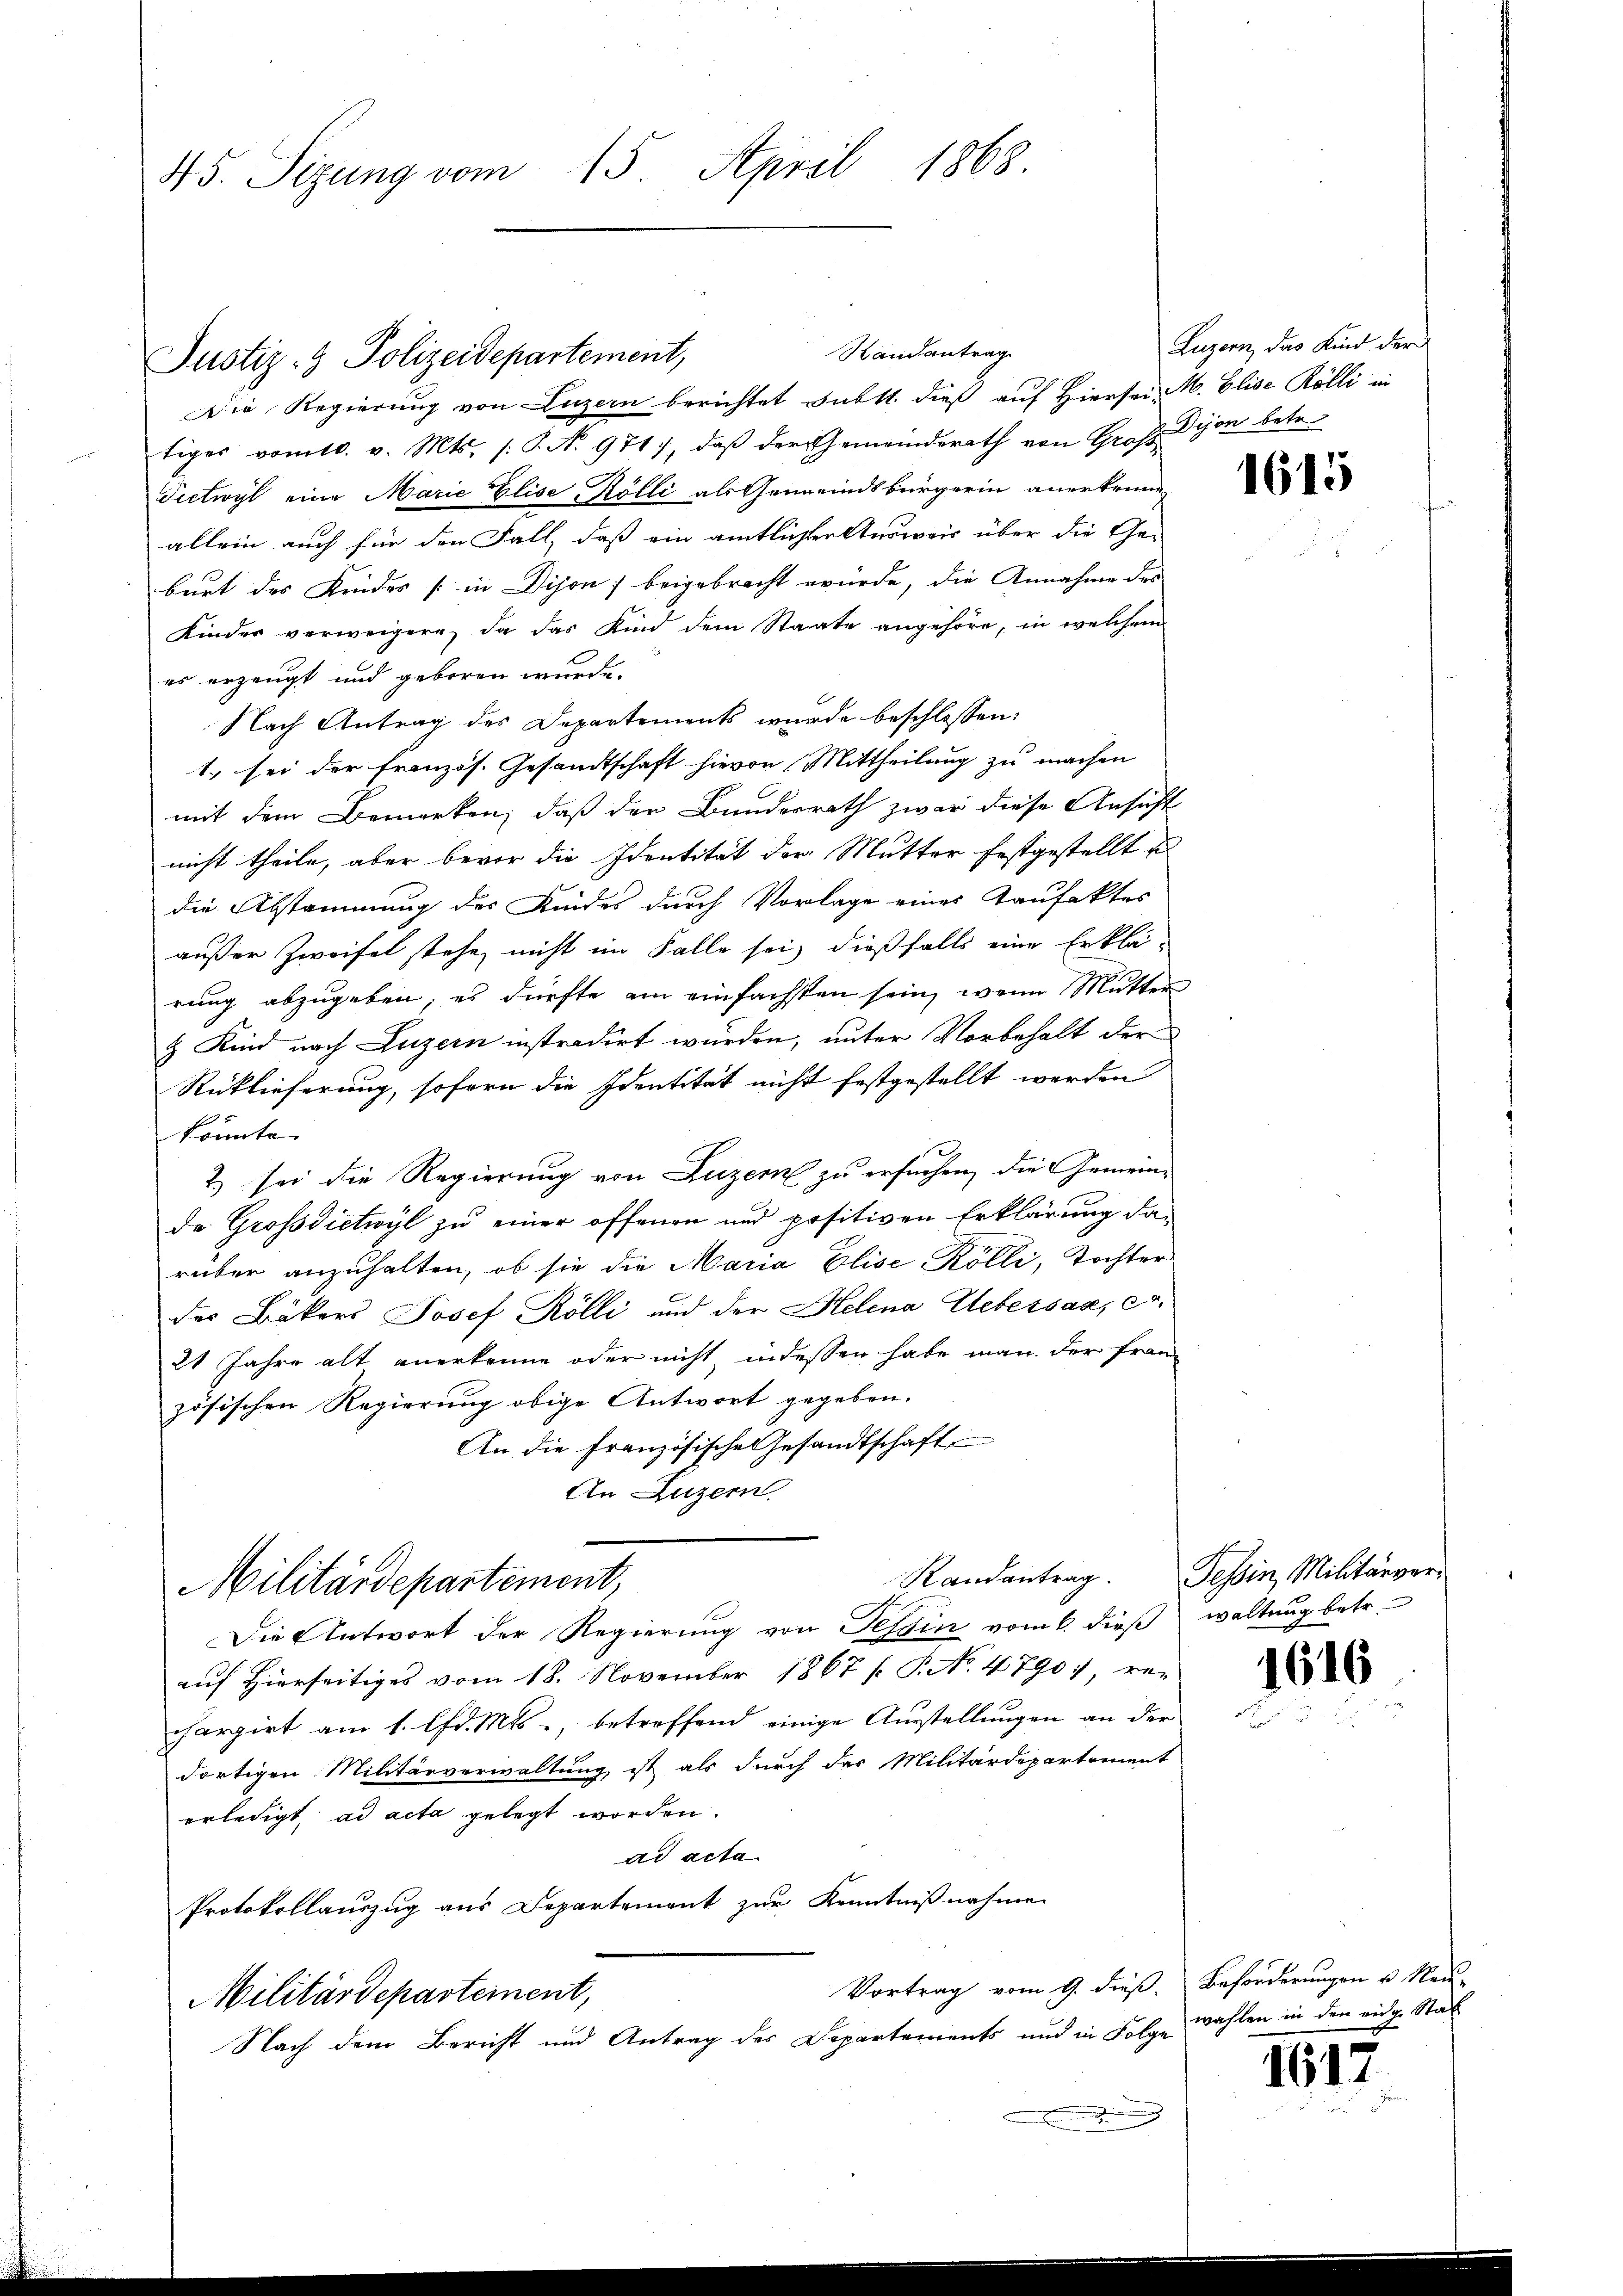
45. Sizung vom 15. April 1868

Justiz- & Polizeidepartement,

Die Regierung von Luzern berichtet subtt. dieß auf Hiersei M. Elise Rölli in
tiges vomtl. v. Mts. /: P. No. 971), daß der Gemeinderath von Groß-Dijon betr.
Tietwyl eine Marie Elise Rölli als Gemeindsbürgerin anerkenne
allein auch für den Fall, daß ein amtlichten Ausweis über die Ge-
burt des Kindes [in Dijon) beigebracht würde, die Annahme des
Kinder verweigere, da das Kind dem Staate angehöre, in welchem
es erzeugt und geboren wurde.
Nach Antrag des Departements wurde beschlossen:
1. sei der Französ. Gesandtschaft hievon Mittheilung zu machen
mit dem Bemerken, daß der Bundesrath zwar diese Ansicht
nicht theile, aber bevor die Identität der Mutter festgestellt u
die Abstammung des Kindes durch Vorlage eines Taufakter
außer Zweifel stehe, nicht im Falle sei, dießfalls eine Erklärung abzugeben, es dürfte am einfachsten sein, wenn Mutter
& Kind nach Luzern instradirt wurden, unter Vorbehalt der
Rüklieferung, soforn die Identität nicht festgestellt werden
könnte.
2) sei die Regierung von Luzern zu ersuchen, die Gemeinde Großdietwyl zu einer offenen und positiven Erklärung darüber anzuhalten, ob sie die Maria Elise-Kölli, Tochter
der Bäkers Josef Rölli und der Helena Uebersag, e
21 Jahre alt anerkenne oder nicht indessen habe man der Franz
zösischen Regierung obige Antwort gegeben.
An die Französische Gesandtschaft
An Luzern.
Randantrag. Tessin, Militärver¬
Militärdepartement,
Die Antwort der Regierung von Tessin vom 6. dieß
auf Hierseitiges vom 18. November 1867 f. P. No. 4790 re-
chargirt am 1. lfd. Mts., betreffend einige Ausstellungen an der
dortigen Militärverwaltung ist als durch der Militärdepartement
erledigt, ad acta gelegt worden.
ad acta.
Protokollauszug aus Departement zur Kenntnißnahme
Vortrag vom 9. dieß. Beforderungen u. Neu-
Militärdepartement,
Nach dem Bericht und Antrag des Departements und in Folge
.

Randantrag

Luzern, das Kind der

1615

waltung betr
1616

wählen in den eige Stat

1617